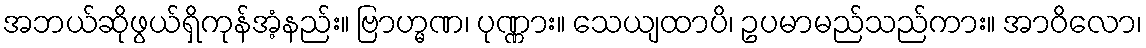
အဘယ်ဆိုဖွယ်ရှိကုန်အံ့နည်း။ ဗြာဟ္မဏ၊ ပုဏ္ဏား။ သေယျထာပိ၊ ဥပမာမည်သည်ကား။ အာဝိလော၊